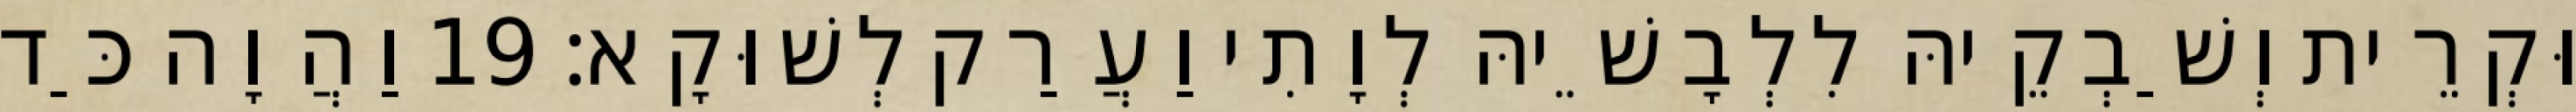
וּקְרֵית וְשַׁבְקֵיהּ לִלְבָשֵׁיהּ לְוָתִי וַעֲרַק לְשׁוּקָא׃ 19 וַהֲוָה כַּד